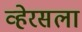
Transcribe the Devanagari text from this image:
व्हेरसला